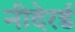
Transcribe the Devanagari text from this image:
नीदेरर्ड